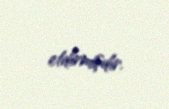
etdirmişdir.